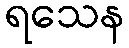
ရသေန